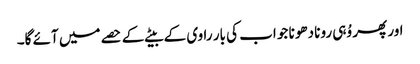
اور پھر وُہی رونا دھونا جو اب کی بار راوی کے بیٹے کے حصے میں آئے گا۔